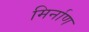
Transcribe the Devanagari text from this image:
मिर्नाण